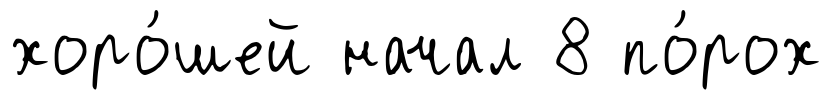
хоро́шей начал 8 по́рох